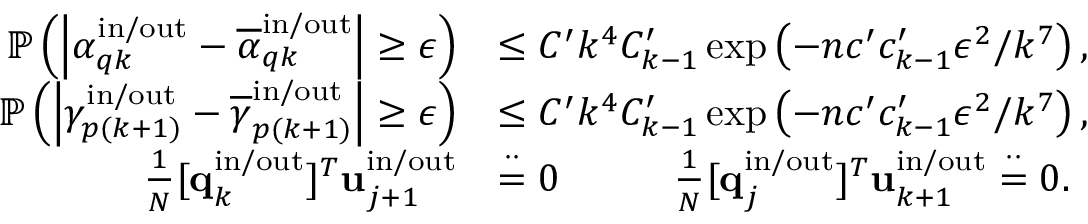
\begin{array} { r l } { \mathbb { P } \left( \left| \alpha _ { q k } ^ { \mathrm { i n } / \mathrm { o u t } } - \overline { { \alpha } } _ { q k } ^ { \mathrm { i n } / \mathrm { o u t } } \right| \geq \epsilon \right) } & { \leq C ^ { \prime } k ^ { 4 } C _ { k - 1 } ^ { \prime } \exp \left( - n c ^ { \prime } c _ { k - 1 } ^ { \prime } \epsilon ^ { 2 } / k ^ { 7 } \right) , } \\ { \mathbb { P } \left( \left| \gamma _ { p ( k + 1 ) } ^ { \mathrm { i n } / \mathrm { o u t } } - \overline { { \gamma } } _ { p ( k + 1 ) } ^ { \mathrm { i n } / \mathrm { o u t } } \right| \geq \epsilon \right) } & { \leq C ^ { \prime } k ^ { 4 } C _ { k - 1 } ^ { \prime } \exp \left( - n c ^ { \prime } c _ { k - 1 } ^ { \prime } \epsilon ^ { 2 } / k ^ { 7 } \right) , } \\ { \frac { 1 } { N } [ \mathbf { q } _ { k } ^ { \mathrm { i n } / \mathrm { o u t } } ] ^ { T } \mathbf { u } _ { j + 1 } ^ { \mathrm { i n } / \mathrm { o u t } } } & { \stackrel { \cdot \cdot } { = } 0 \qquad \; \; \; \frac { 1 } { N } [ \mathbf { q } _ { j } ^ { \mathrm { i n } / \mathrm { o u t } } ] ^ { T } \mathbf { u } _ { k + 1 } ^ { \mathrm { i n } / \mathrm { o u t } } \stackrel { \cdot \cdot } { = } 0 . } \end{array}